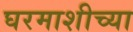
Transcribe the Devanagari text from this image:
घरमाशीच्या